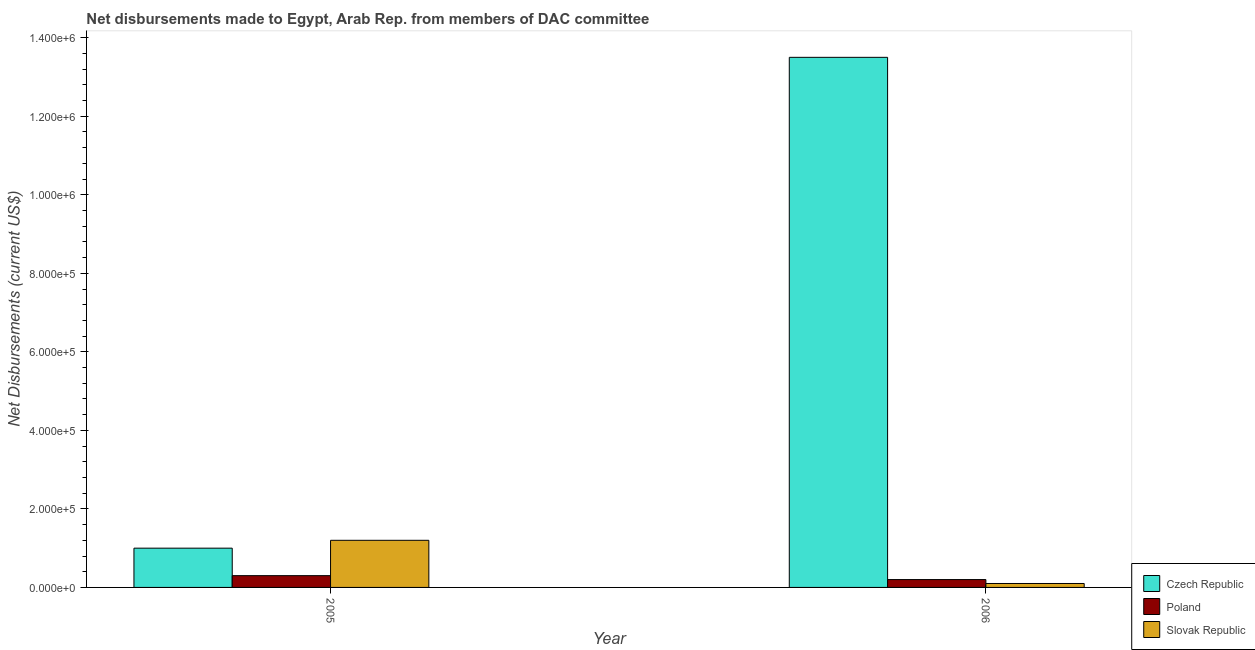
| Year | Czech Republic | Poland | Slovak Republic |
 | --- | --- | --- | --- |
 | 2005 | 1e+05 | 3e+04 | 1.2e+05 |
 | 2006 | 1.35e+06 | 2e+04 | 1e+04 |